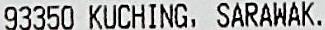
93350 KUCHING, SARAWAK.